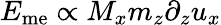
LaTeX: E_{\mathrm{me}}\propto M_{x}m_{z}\partial_{z}u_{x}